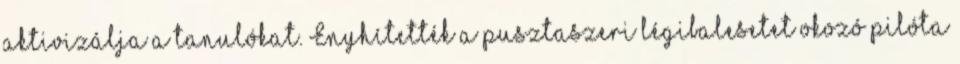
aktivizálja a tanulókat. Enyhítették a pusztaszeri légibalesetet okozó pilóta